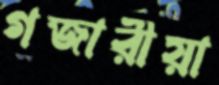
গজারীয়া